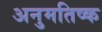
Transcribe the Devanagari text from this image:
अनुमतिष्क